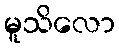
မူသိလော